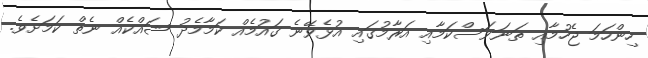
ހިންހަމަ ޖެހުމާއި ތަނަވަސްކަމާއި އަރާމުގައި އުޅެވޭނެ ގައުމެއް ކަމާމެދު ޝައްކެއް ނެތް ކަމަށެވެ.